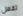
تفعل